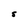
Character: S